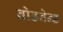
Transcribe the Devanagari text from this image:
ब्रोडबेन्ड